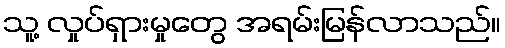
သူ့ လှုပ်ရှားမှုတွေ အရမ်းမြန်လာသည်။